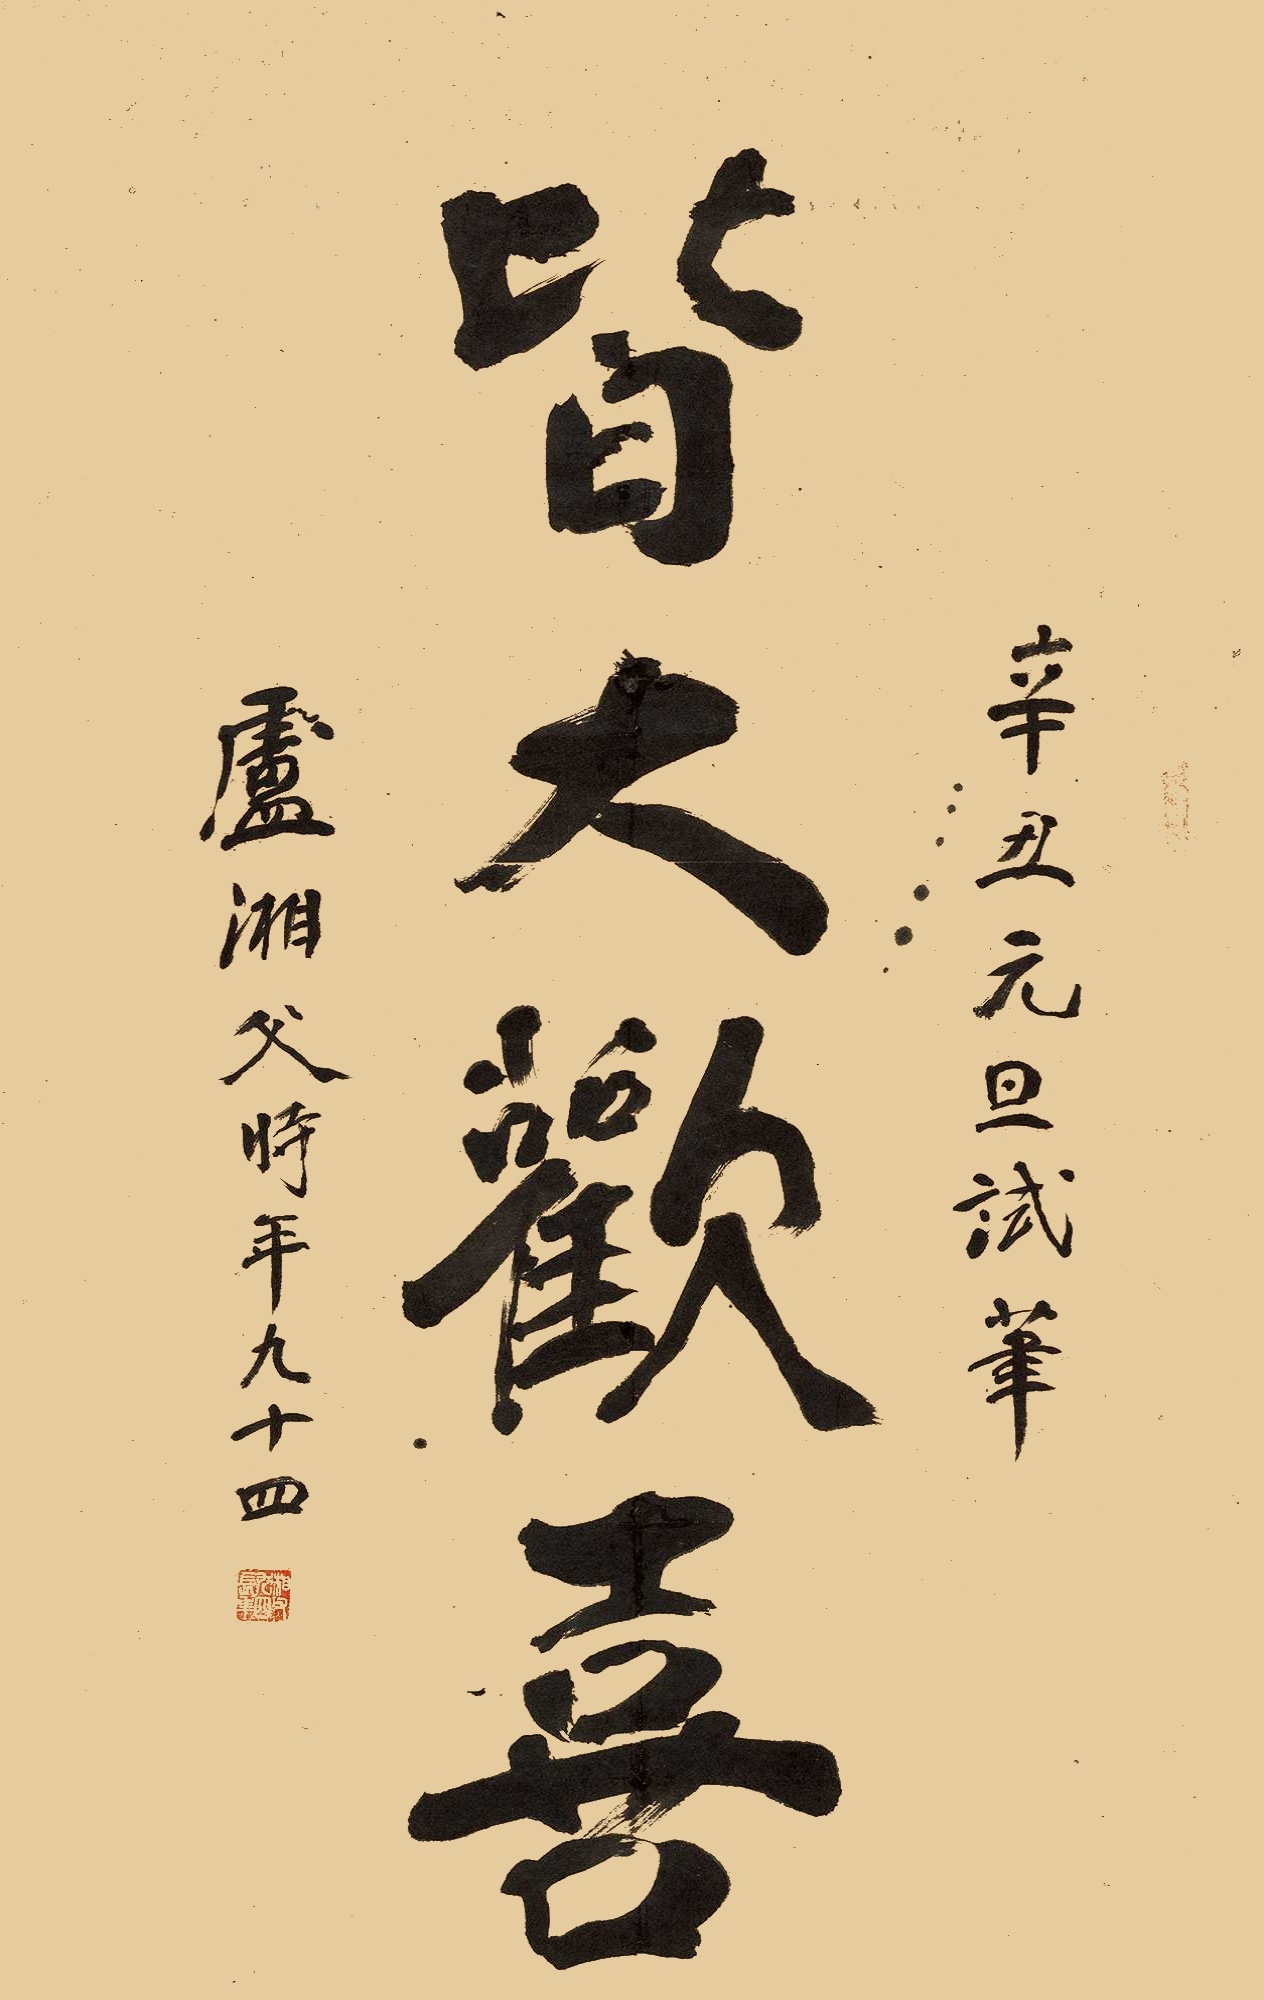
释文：皆大欢喜辛丑元旦试笔，卢湘父时年九十四。